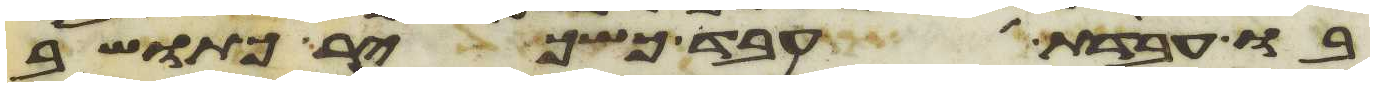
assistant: בו עבדת עבד כשכיר כתושב